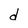
Character: d